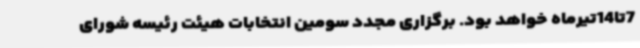
7تا14تیرماه خواهد بود. برگزاری مجدد سومین انتخابات هیئت رئیسه شورای